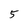
Character: 5